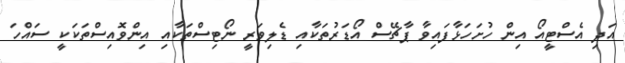
އަދި އެސްޓީއޯ އިން ހުށަހަޅާފައިވާ ޕާޗޭސް އޯޑަރުތަކާއި ޑެލިވަރީ ނޯޓިސްތަކާއި އިންވޮއިސްތަކަކީ ސައްހަ